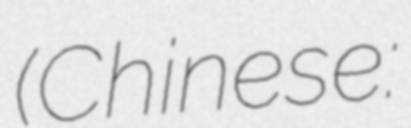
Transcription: (Chinese: